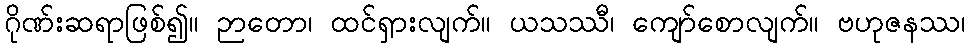
ဂိုဏ်းဆရာဖြစ်၍။ ဉာတော၊ ထင်ရှားလျက်။ ယသဿီ၊ ကျော်စောလျက်။ ဗဟုဇနဿ၊